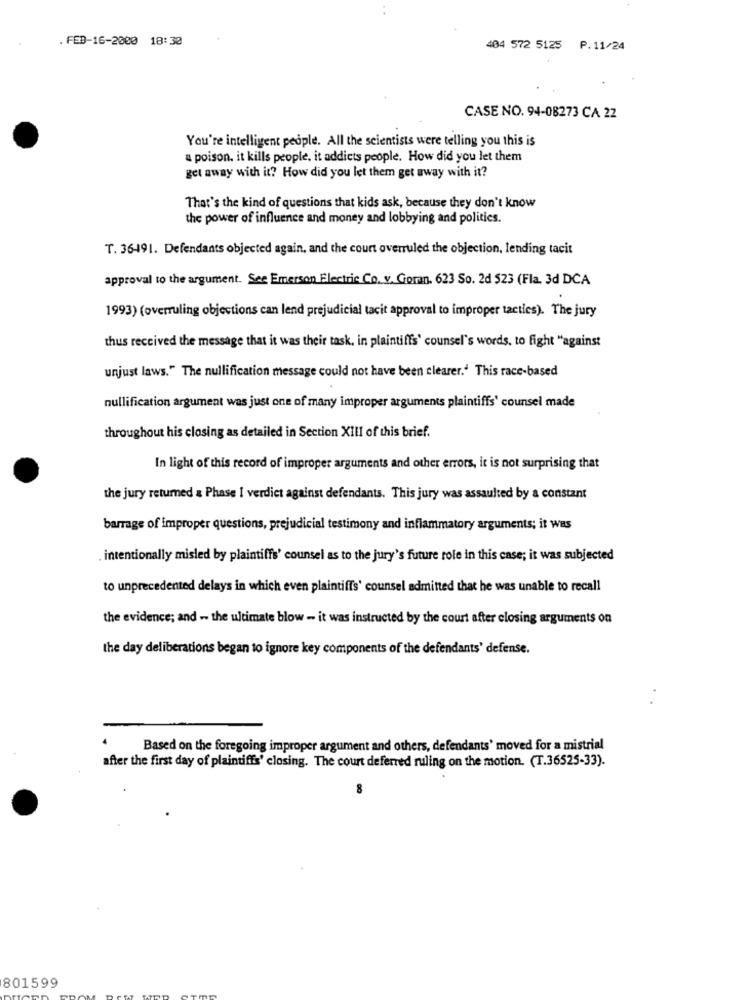
. FEB-16-2000 18:30
404 572 5125 P.11/24
CASE NO. 94-08273 CA 22
You're intelligent people. All the scientists were telling you this is
a poison. it kills people, it addicts people. How did you let them
get away with it? How did you let them get away with it?
That's the kind of questions that kids ask, because they don't know
the power of influence and money and lobbying and politics.
T. 36-491. Defendants objected again, and the court overruled the objection, lending tacit
approval to the argument. See Emerson Electric Co. v. Goran. 623 So. 2d 523 (Fla. 3d DCA
1993) (overruling objections can lend prejudicial tacit approval to improper tactics). The jury
thus received the message that it was their task, in plaintiffs' counsel's words, to fight "against
unjust laws." The nullification message could not have been clearer." This race-based
nullification argument was just one of many improper arguments plaintiffs' counsel made
throughout his closing as detailed in Section XIII of this brief.
In light of this record of improper arguments and other errors, it is not surprising that
the jury returned & Phase I verdict against defendants. This jury was assaulted by a constant
barrage of improper questions, prejudicial testimony and inflammatory arguments; it Was
. intentionally misled by plaintiffs' counsel as to the jury's future role in this case; it was subjected
to unprecedented delays in which even plaintiffs' counsel admitted that he was unable to recall
the evidence; and - the ultimate blow - it was instructed by the court after closing arguments on
the day deliberations began to ignore key components of the defendants' defense.
Based on the foregoing improper argument and others, defendants' moved for a mistrial
after the first day of plaintiffs' closing. The court deferred ruling on the motion. (T.36525-33).
801599